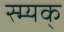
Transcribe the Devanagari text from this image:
स्म्यक्‌